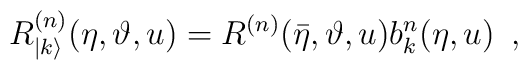
R^{(n)}_{|k\rangle }(\eta ,\vartheta ,u)=R^{(n)}(\bar{\eta },\vartheta ,u)b_{k}^{n}(\eta ,u)\, \, \, ,